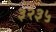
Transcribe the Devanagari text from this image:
३२३५